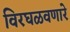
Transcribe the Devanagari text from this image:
विरघळवणारे